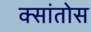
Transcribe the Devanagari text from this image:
क्सांतोस